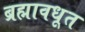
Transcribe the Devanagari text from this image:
ब्रह्मावधूत